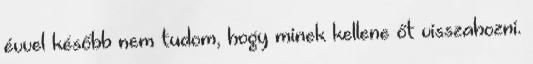
évvel később nem tudom, hogy minek kellene őt visszahozni.